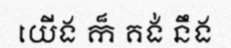
យើង ក៏ គង់ នឹង